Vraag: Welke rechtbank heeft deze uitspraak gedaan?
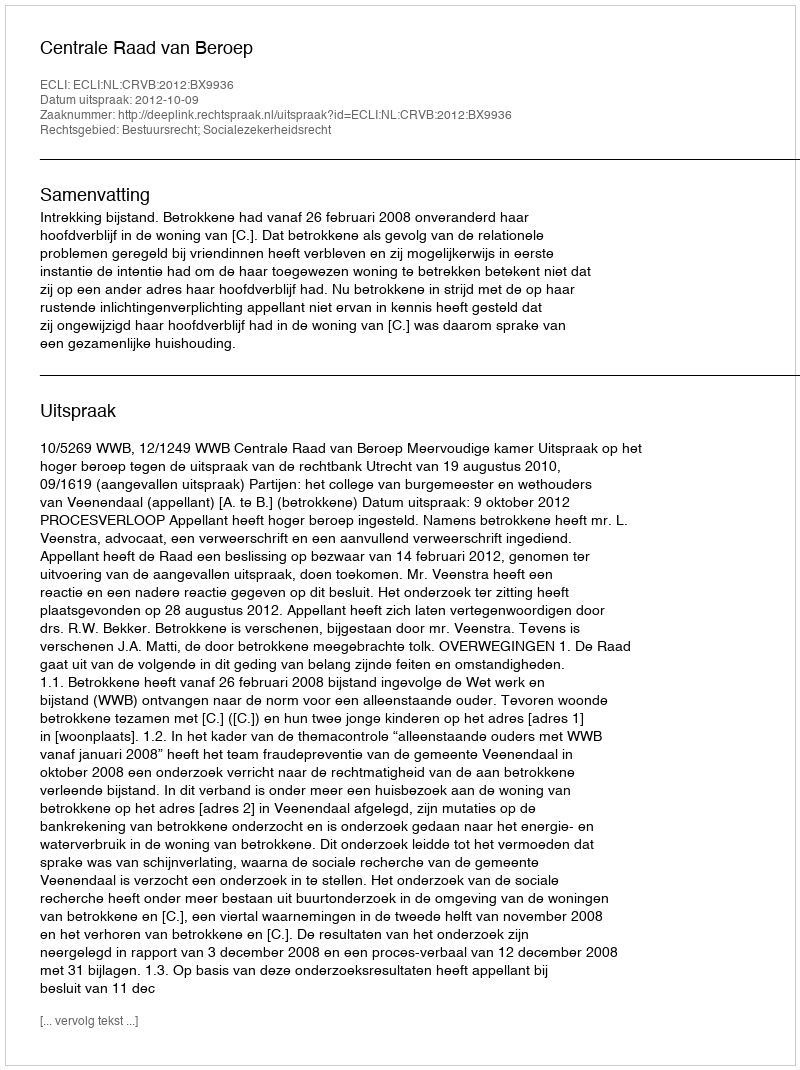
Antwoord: Centrale Raad van Beroep